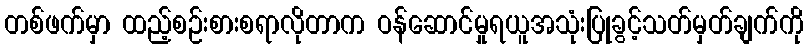
တစ်ဖက်မှာ ထည့်စဉ်းစားစရာလိုတာက ဝန်ဆောင်မှုရယူအသုံးပြုခွင့်သတ်မှတ်ချက်ကို